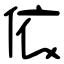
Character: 依